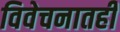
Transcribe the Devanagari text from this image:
विवेचनातही